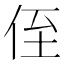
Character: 侄